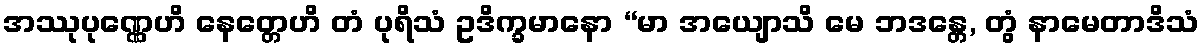
အဿုပုဏ္ဏေဟိ နေတ္တေဟိ တံ ပုရိသံ ဥဒိက္ခမာနော “မာ အယျောသိ မေ ဘဒန္တေ, တွံ နာမေတာဒိသံ